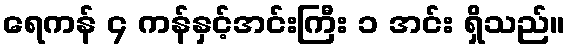
ရေကန် ၄ ကန်နှင့်အင်းကြီး ၁ အင်း ရှိသည်။